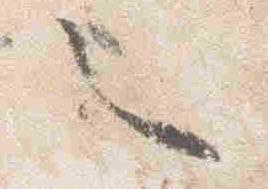
々